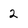
Character: 2